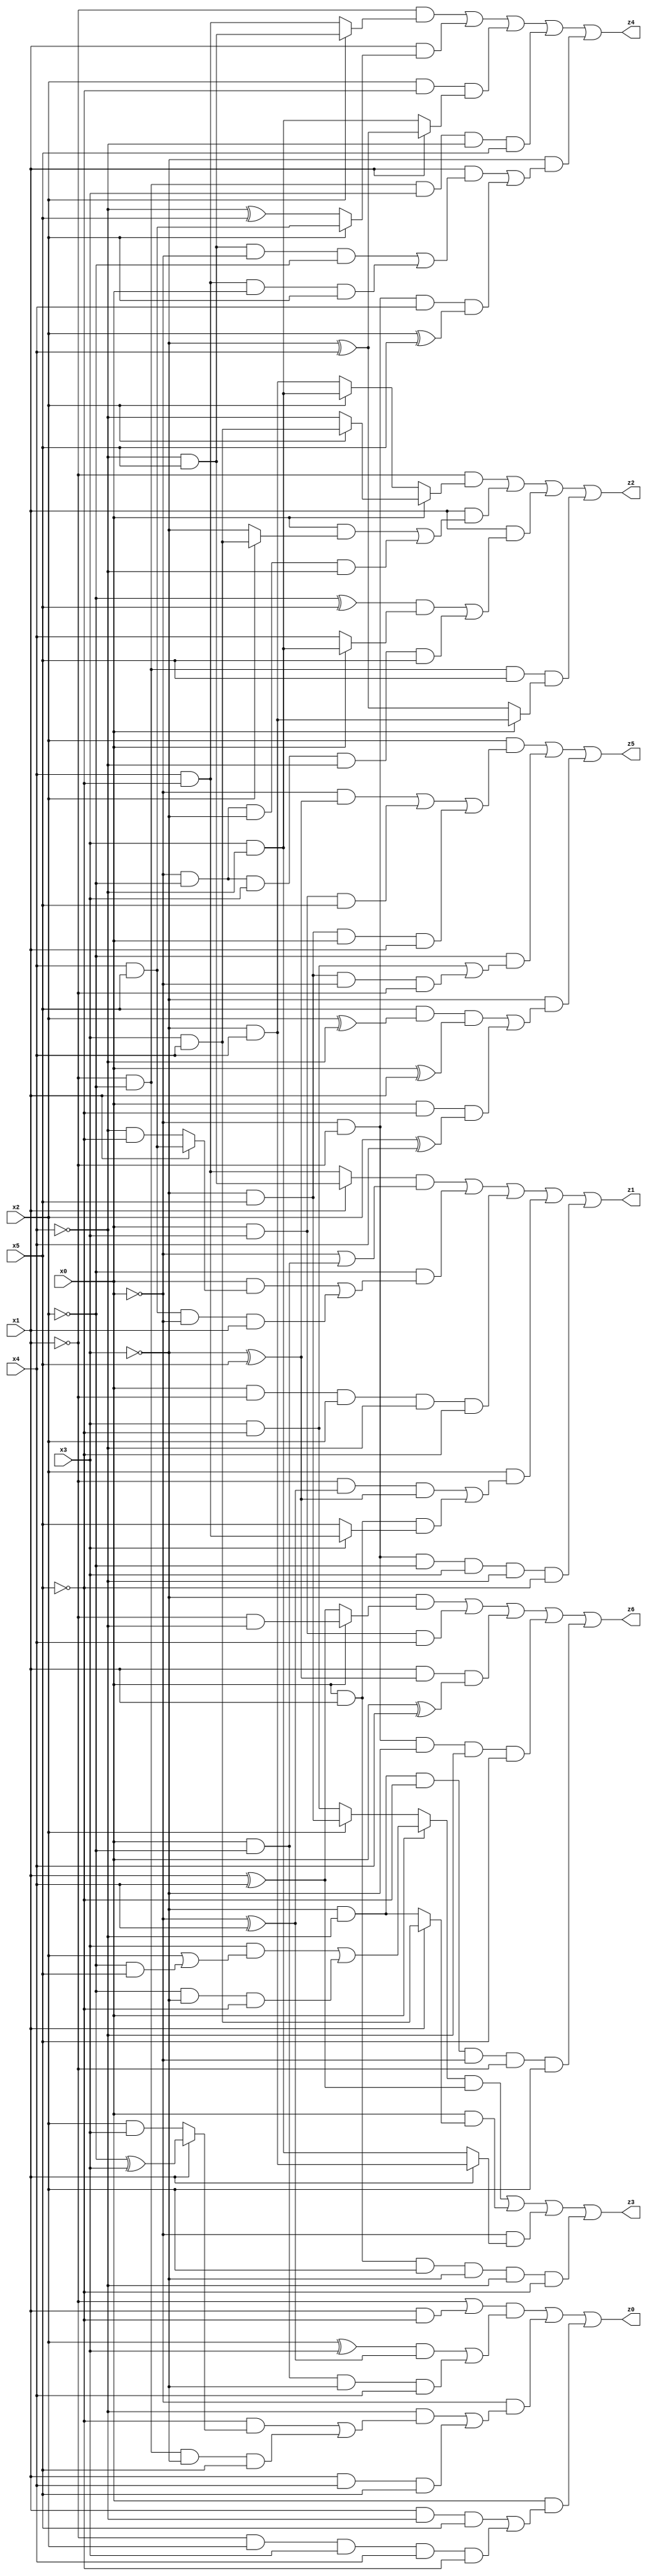
// Benchmark "X_14" written by ABC on Wed Jun 07 16:47:50 2023

module X_14 ( 
    x0, x1, x2, x3, x4, x5,
    z0, z1, z2, z3, z4, z5, z6  );
  input  x0, x1, x2, x3, x4, x5;
  output z0, z1, z2, z3, z4, z5, z6;
  assign z0 = ((~x1 | (x1 & ~x5)) & (((x2 ^ x3) & (~x0 ^ x4)) | (x0 & ~x2 & ~x3 & x4))) | (~x0 & ((~x4 & ((~x5 & (x1 ? (~x2 ^ x3) : (x2 & x3))) | (~x1 & ~x2 & ~x3 & x5))) | (x1 & x4 & x5))) | (x0 & ((x1 & ~x4 & x5) | (~x1 & x2 & x3 & x4 & ~x5)));
  assign z1 = ((x1 ? (~x4 & x5) : (x4 & ~x5)) & (~x0 | (x0 & ~x2))) | (~x2 & ((x0 & (x1 ? (x4 & x5) : (~x4 & ~x5))) | (x4 & x5 & ~x0 & x1))) | (x0 & ~x1 & x2 & ~x4 & ~x5) | (x2 & ((~x1 & (~x0 ^ x4) & (~x3 ^ x5)) | (x0 & x1 & (x3 ? (x4 & ~x5) : x5)))) | (~x0 & ~x1 & ~x2 & x3 & ~x4 & ~x5);
  assign z2 = (~x1 & (x0 ? (x2 ? (x3 & x4) : ~x4) : (x2 ? (x3 & ~x4) : (~x3 & x4)))) | (x1 & ((x0 & (x2 ? (x3 & x4) : ~x3)) | (~x0 & ~x2 & ~x3 & ~x4))) | (x1 & (((~x2 ^ x5) & (x0 ? (x3 & ~x4) : x4)) | (~x0 & ~x2 & x3 & ~x4 & x5))) | (~x1 & ~x2 & x5 & (x0 ? (~x3 & x4) : (~x3 ^ x4)));
  assign z3 = ((x0 ? ((x3 & (x2 | (~x2 & x5))) | (~x2 & ~x3 & ~x5)) : (x2 ? (~x3 & x5) : (x3 & ~x5))) & (x1 ^ x4)) | (x0 & (x1 ? (x3 & x4) : (~x3 & ~x4))) | (~x0 & (x1 ? (~x3 & x4) : (x3 & ~x4))) | (x0 & x1 & x2 & ~x3 & ~x4 & ~x5);
  assign z4 = (~x1 & (x2 ? (~x4 & x5) : (x4 & ~x5))) | (x1 & (x2 ? (x4 & x5) : (~x4 ^ x5))) | (x2 & ~x5 & (x1 ? (~x3 ^ x4) : (x3 & ~x4))) | (~x1 & ~x2 & x3 & ~x4 & x5) | (~x3 & ((x1 & ((~x4 & x5 & ~x0 & ~x2) | (x4 & ~x5 & x0 & x2))) | (~x0 & ~x1 & x4 & (x2 ^ x5))));
  assign z5 = (x2 & ((~x0 & (~x3 ^ x5)) | (x0 & x3 & x5) | (~x3 & x5 & x0 & x1))) | (~x2 & ((x3 & ~x5) | (~x3 & x5 & ~x0 & ~x1))) | (~x3 & ((x5 & (x2 ^ ~x4) & (x0 ^ x1)) | (x0 & ~x5 & (x2 ^ x4))));
  assign z6 = (~x3 & (x0 ? (~x1 & ~x4) : (x1 ^ x4))) | (x0 & x3 & x4) | (x1 & (~x3 ^ x5) & (x0 ^ x4)) | (~x0 & ~x1 & ~x3 & ~x4 & x5) | (~x3 & ~x4 & ~x5 & ~x0 & ~x1 & x2);
endmodule